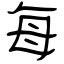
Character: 每